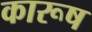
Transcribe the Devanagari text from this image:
कारूष